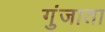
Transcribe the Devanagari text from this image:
गुंजाता